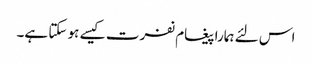
اس لئے ہمارا پیغام نفرت کیسے ہو سکتا ہے۔